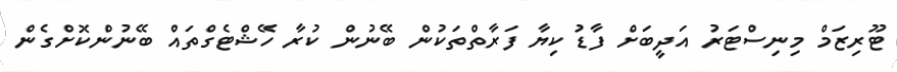
ޓޫރިޒަމް މިނިސްޓަރު އަދީބަށް ފާޑު ކިޔާ ފަރާތްތަކުން ބޭނުން ކުރާ ހޭޝްޓެގްތައް ބޭނުންކޮށްގެން